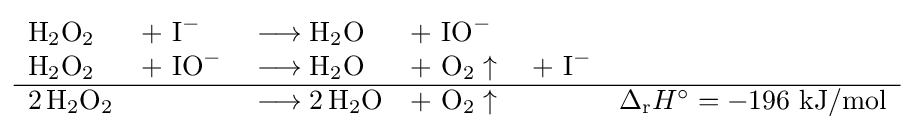
{\begin{array}{llllll}{\mathrm {H} {\vphantom {A}}_{\smash[{t}]{2}}\mathrm {O} {\vphantom {A}}_{\smash[{t}]{2}}}&+\ {\mathrm {I} {\vphantom {A}}^{-}}&{{}\mathrel {\longrightarrow } {}\mathrm {H} {\vphantom {A}}_{\smash[{t}]{2}}\mathrm {O} }&+\ {\mathrm {IO} {\vphantom {A}}^{-}}\\{\mathrm {H} {\vphantom {A}}_{\smash[{t}]{2}}\mathrm {O} {\vphantom {A}}_{\smash[{t}]{2}}}&+\ {\mathrm {IO} {\vphantom {A}}^{-}}&{{}\mathrel {\longrightarrow } {}\mathrm {H} {\vphantom {A}}_{\smash[{t}]{2}}\mathrm {O} }&+\ {\mathrm {O} {\vphantom {A}}_{\smash[{t}]{2}}\uparrow {}}&+\ {\mathrm {I} {\vphantom {A}}^{-}}\\\hline {2\,\mathrm {H} {\vphantom {A}}_{\smash[{t}]{2}}\mathrm {O} {\vphantom {A}}_{\smash[{t}]{2}}}&&{{}\mathrel {\longrightarrow } {}2\,\mathrm {H} {\vphantom {A}}_{\smash[{t}]{2}}\mathrm {O} }&+\ {\mathrm {O} {\vphantom {A}}_{\smash[{t}]{2}}\uparrow {}}&&\Delta _{\mathrm {r} }H^{\circ }=-196{\text{ kJ/mol}}\end{array}}